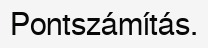
Pontszámítás.